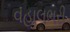
વહાલભરી